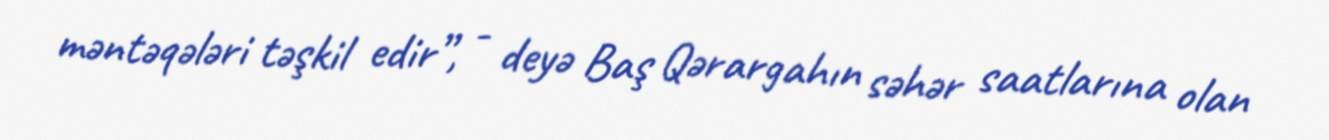
məntəqələri təşkil edir”, - deyə Baş Qərargahın səhər saatlarına olan